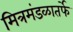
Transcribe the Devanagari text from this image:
मित्रमंडळातर्फे